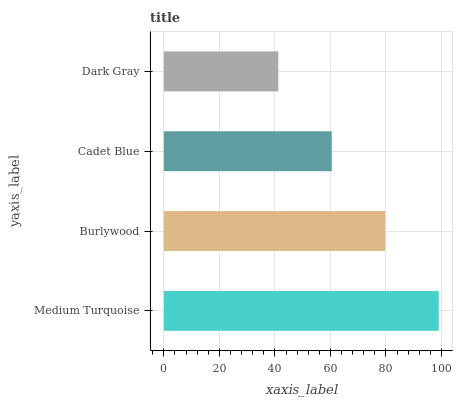
| yaxis_label | bars |
 | --- | --- |
 | Medium Turquoise | 99 |
 | Burlywood | 79.7 |
 | Cadet Blue | 60.5 |
 | Dark Gray | 41.2 |